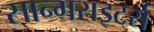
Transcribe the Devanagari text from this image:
सान्गराइटर्स